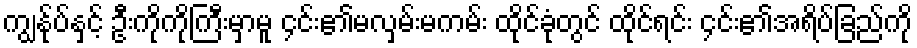
ကျွန်ုပ်နှင့် ဦးကိုကိုကြီးမှာမူ ၄င်း၏မလှမ်းမကမ်း ထိုင်ခုံတွင် ထိုင်ရင်း ၄င်း၏အရိပ်ခြည်ကို